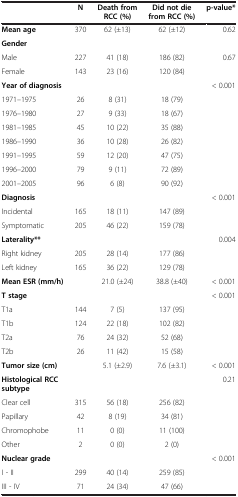
<table><thead><tr><td><b> </b></td><td><b>N</b></td><td><b>Death from RCC (%)</b></td><td><b>Did not die from RCC (%)</b></td><td><b>p-value*</b></td></tr></thead><tbody><tr><td><b>Mean age</b></td><td>370</td><td>62 (±13)</td><td>62 (±12)</td><td>0.62</td></tr><tr><td><b>Gender</b></td><td> </td><td> </td><td> </td><td> </td></tr><tr><td>Male</td><td>227</td><td>41 (18)</td><td>186 (82)</td><td>0.67</td></tr><tr><td>Female</td><td>143</td><td>23 (16)</td><td>120 (84)</td><td> </td></tr><tr><td><b>Year of diagnosis</b></td><td> </td><td> </td><td> </td><td>&lt; 0.001</td></tr><tr><td>1971–1975</td><td>26</td><td>8 (31)</td><td>18 (79)</td><td> </td></tr><tr><td>1976–1980</td><td>27</td><td>9 (33)</td><td>18 (67)</td><td> </td></tr><tr><td>1981–1985</td><td>45</td><td>10 (22)</td><td>35 (88)</td><td> </td></tr><tr><td>1986–1990</td><td>36</td><td>10 (28)</td><td>26 (82)</td><td> </td></tr><tr><td>1991–1995</td><td>59</td><td>12 (20)</td><td>47 (75)</td><td> </td></tr><tr><td>1996–2000</td><td>79</td><td>9 (11)</td><td>72 (89)</td><td> </td></tr><tr><td>2001–2005</td><td>96</td><td>6 (8)</td><td>90 (92)</td><td> </td></tr><tr><td><b>Diagnosis</b></td><td> </td><td> </td><td> </td><td>&lt; 0.001</td></tr><tr><td>Incidental</td><td>165</td><td>18 (11)</td><td>147 (89)</td><td> </td></tr><tr><td>Symptomatic</td><td>205</td><td>46 (22)</td><td>159 (78)</td><td> </td></tr><tr><td><b>Laterality**</b></td><td> </td><td> </td><td> </td><td>0.004</td></tr><tr><td>Right kidney</td><td>205</td><td>28 (14)</td><td>177 (86)</td><td> </td></tr><tr><td>Left kidney</td><td>165</td><td>36 (22)</td><td>129 (78)</td><td> </td></tr><tr><td><b>Mean ESR (mm/h)</b></td><td> </td><td>21.0 (±24)</td><td>38.8 (±40)</td><td>&lt; 0.001</td></tr><tr><td><b>T stage</b></td><td> </td><td> </td><td> </td><td>&lt; 0.001</td></tr><tr><td>T1a</td><td>144</td><td>7 (5)</td><td>137 (95)</td><td> </td></tr><tr><td>T1b</td><td>124</td><td>22 (18)</td><td>102 (82)</td><td> </td></tr><tr><td>T2a</td><td>76</td><td>24 (32)</td><td>52 (68)</td><td> </td></tr><tr><td>T2b</td><td>26</td><td>11 (42)</td><td>15 (58)</td><td> </td></tr><tr><td><b>Tumor size (cm)</b></td><td> </td><td>5.1 (±2.9)</td><td>7.6 (±3.1)</td><td>&lt; 0.001</td></tr><tr><td><b>Histological RCC subtype</b></td><td> </td><td> </td><td> </td><td>0.21</td></tr><tr><td>Clear cell</td><td>315</td><td>56 (18)</td><td>256 (82)</td><td> </td></tr><tr><td>Papillary</td><td>42</td><td>8 (19)</td><td>34 (81)</td><td> </td></tr><tr><td>Chromophobe</td><td>11</td><td>0 (0)</td><td>11 (100)</td><td> </td></tr><tr><td>Other</td><td>2</td><td>0 (0)</td><td>2 (0)</td><td> </td></tr><tr><td><b>Nuclear grade</b></td><td> </td><td> </td><td> </td><td>&lt; 0.001</td></tr><tr><td>I - II</td><td>299</td><td>40 (14)</td><td>259 (85)</td><td> </td></tr><tr><td>III - IV</td><td>71</td><td>24 (34)</td><td>47 (66)</td><td> </td></tr></tbody></table>